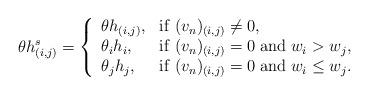
LaTeX: \begin{align*} \theta h^s_{(i,j)}= \left\{ \begin{array}{ll} \theta h_{(i,j)}, & {\rm if}\; (v_n)_{(i,j)}\neq 0,\\ \theta_i h_i, & {\rm if}\; (v_n)_{(i,j)}=0 \;{\rm and}\; w_i>w_j,\\ \theta_j h_j, & {\rm if}\; (v_n)_{(i,j)}=0 \;{\rm and}\; w_i\leq w_j. \end{array} \right.\end{align*}